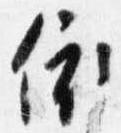
依